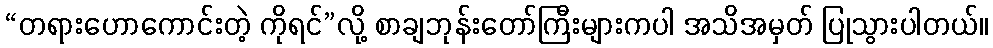
“တရားဟောကောင်းတဲ့ ကိုရင်”လို့ စာချဘုန်းတော်ကြီးများကပါ အသိအမှတ် ပြုသွားပါတယ်။